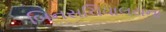
બિનસચિવાલયના